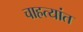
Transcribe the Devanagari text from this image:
चाहत्यांत